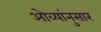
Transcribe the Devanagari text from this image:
ओव्यांनुसार